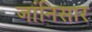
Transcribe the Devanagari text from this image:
जांनिसार